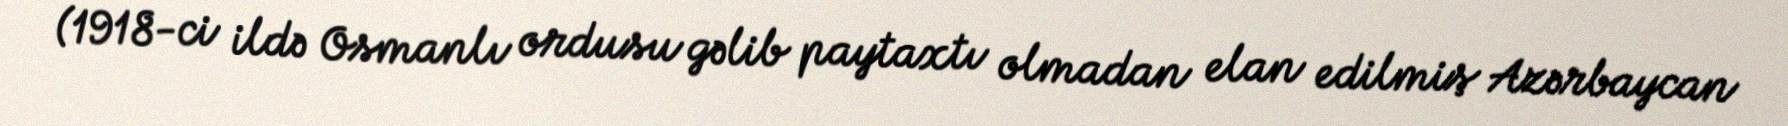
(1918-ci ildə Osmanlı ordusu gəlib paytaxtı olmadan elan edilmiş Azərbaycan